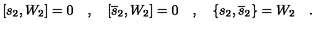
[ s _ { 2 } , W _ { 2 } ] = 0 \quad , \quad [ \overline { { s } } _ { 2 } , W _ { 2 } ] = 0 \quad , \quad \{ s _ { 2 } , \overline { { s } } _ { 2 } \} = W _ { 2 } \quad .